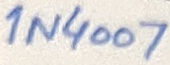
Text: 1N4007